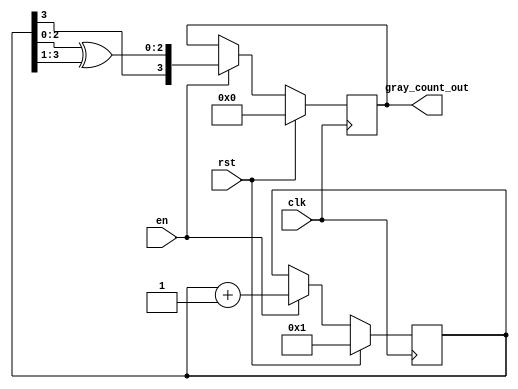
module GrayCounter
   #(parameter   COUNTER_WIDTH = 4)
   
    (output reg  [COUNTER_WIDTH-1:0]    gray_count_out,  //'Gray' code count output.
    
     input wire                         en,  //Count enable.
     input wire                         rst,   //Count reset.
    
     input wire                         clk);

    /////////Internal connections & variables///////
    reg    [COUNTER_WIDTH-1:0]         binary_count;

    /////////Code///////////////////////
    
    always @ (posedge clk)
        if (rst) begin
            binary_count   <= {COUNTER_WIDTH{1'b 0}} + 1;  //Gray count begins @ '1' with
            gray_count_out <= {COUNTER_WIDTH{1'b 0}};      // first 'en'.
        end
        else if (en) begin
            binary_count   <= binary_count + 1;
            gray_count_out <= {binary_count[COUNTER_WIDTH-1],
                              binary_count[COUNTER_WIDTH-2:0] ^ binary_count[COUNTER_WIDTH-1:1]};
        end
    
endmodule